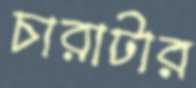
চারাটার